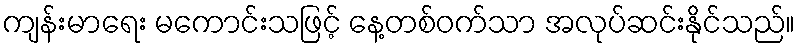
ကျန်းမာရေး မကောင်းသဖြင့် နေ့တစ်ဝက်သာ အလုပ်ဆင်းနိုင်သည်။